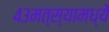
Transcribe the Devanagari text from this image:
४३मत्स्यामध्यें